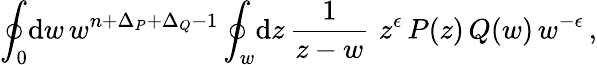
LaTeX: \oint_{0}\! \mathrm{d}w\, w^{n+\Delta_{P}+\Delta_{Q}-1}\oint_{w}\! \mathrm{d}z\, \frac{1}{z-w}\, \, z^{\epsilon}\, P(z)\, Q(w)\, w^{-\epsilon}\, ,